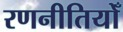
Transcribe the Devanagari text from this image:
रणनीतियोँ